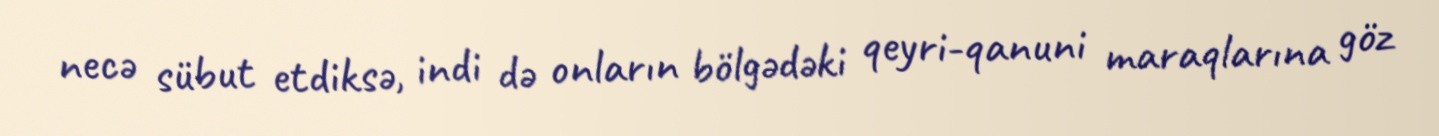
necə sübut etdiksə, indi də onların bölgədəki qeyri-qanuni maraqlarına göz